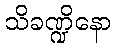
သိခဏ္ဍိနော